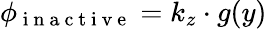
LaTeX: \phi_{\mathrm{~i~n~a~c~t~i~v~e~}}=k_{z}\cdot g(y)